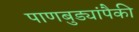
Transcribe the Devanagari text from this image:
पाणबुड्यांपैकी